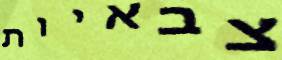
צבאיות